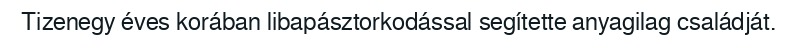
Tizenegy éves korában libapásztorkodással segítette anyagilag családját.